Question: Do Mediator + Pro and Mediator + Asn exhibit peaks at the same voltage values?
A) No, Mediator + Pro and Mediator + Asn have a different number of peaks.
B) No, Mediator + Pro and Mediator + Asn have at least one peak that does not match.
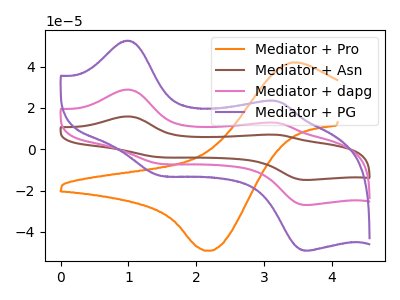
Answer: <think>The orange curve "Mediator + Pro" has an anodic peak at (3.40V, 42.00uA) and a cathodic peak at (2.20V, -49.10uA). The brown curve "Mediator + Asn" has anodic peaks at (1.00V, 57.80uA) (3.20V, 25.60uA) and cathodic peaks at (1.45V, -13.95uA) (3.65V, -53.95uA). The pink curve "Mediator + dapg" has anodic peaks at (1.00V, 28.90uA) (3.20V, 12.80uA) and cathodic peaks at (1.45V, -7.00uA) (3.65V, -26.95uA). The purple curve "Mediator + PG" has anodic peaks at (1.00V, 52.55uA) (3.20V, 23.25uA) and cathodic peaks at (1.45V, -12.70uA) (3.65V, -49.05uA).</think>
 <answer>A) No, "Mediator + Pro" and "Mediator + Asn" have a different number of peaks.</answer>
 <eval>A</eval>